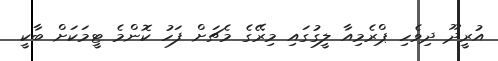
އުރީދޫ ދިވެހި ޕްރެމިއާ ލީގުގައި މިރޭގެ މެޗަށް ފަހު ކޮންމެ ޓީމަކަށް ބާކީ